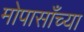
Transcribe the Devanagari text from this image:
मोपासाँच्या